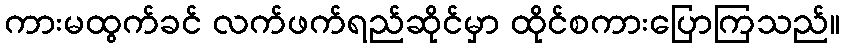
ကားမထွက်ခင် လက်ဖက်ရည်ဆိုင်မှာ ထိုင်စကားပြောကြသည်။